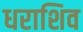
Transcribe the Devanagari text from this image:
धराशिव